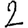
Digit: 2